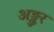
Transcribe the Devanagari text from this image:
अङ्कुर